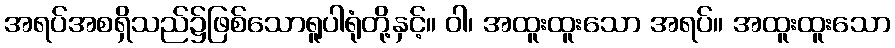
အရပ်အစရှိသည်၌ဖြစ်သောရူပါရုံတို့နှင့်။ ဝါ၊ အထူးထူးသော အရပ်။ အထူးထူးသော